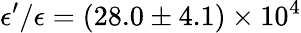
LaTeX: \epsilon^{\prime}/\epsilon=(28.0\pm 4.1)\times 10^{4}